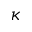
\kappa